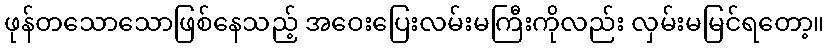
ဖုန်တသောသောဖြစ်နေသည့် အဝေးပြေးလမ်းမကြီးကိုလည်း လှမ်းမမြင်ရတော့။